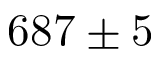
6 8 7 \pm 5